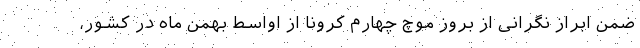
ضمن ابراز نگرانی از بروز موچ چهارم کرونا از اواسط بهمن ماه در کشور،